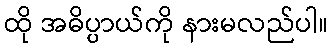
ထို အဓိပ္ပာယ်ကို နားမလည်ပါ။